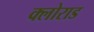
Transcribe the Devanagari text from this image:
क्लोराड